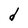
Character: d